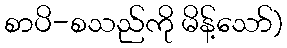
စာပိ-စသည်ကို မိန့်သော်)